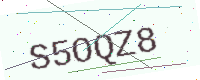
Text: S5OQZ8